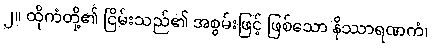
၂။ ထိုကံတို့၏ ငြိမ်းသည်၏ အစွမ်းဖြင့် ဖြစ်သော နိဿာရဏကံ၊